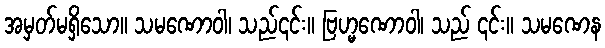
အမှတ်မရှိသော။ သမဏောဝါ၊ သည်၎င်း။ ဗြဟ္မဏောဝါ၊ သည် ၎င်း။ သမဏေန